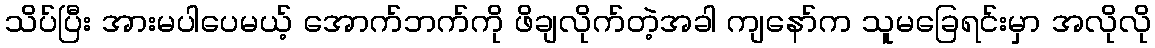
သိပ်ပြီး အားမပါပေမယ့် အောက်ဘက်ကို ဖိချလိုက်တဲ့အခါ ကျနော်က သူမခြေရင်းမှာ အလိုလို